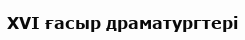
XVI ғасыр драматургтері